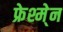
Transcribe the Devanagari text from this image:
फ्रेश्मे्न